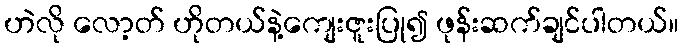
ဟဲလို လော့တ် ဟိုတယ်နဲ့ကျေးဇူးပြု၍ ဖုန်းဆက်ချင်ပါတယ်။